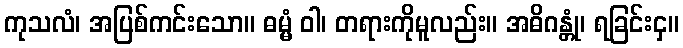
ကုသလံ၊ အပြစ်ကင်းသော။ ဓမ္မံ ဝါ၊ တရားကိုမူလည်း။ အဓိဂန္တုံ၊ ရခြင်းငှ။